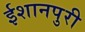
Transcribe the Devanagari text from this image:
ईशानपुरी